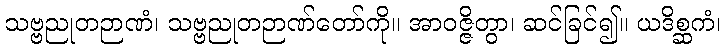
သဗ္ဗညုတဉာဏံ၊ သဗ္ဗညုတဉာဏ်တော်ကို။ အာဝဇ္ဇိတွာ၊ ဆင်ခြင်၍။ ယဒိစ္ဆကံ၊